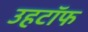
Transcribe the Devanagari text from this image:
उहटॉफ